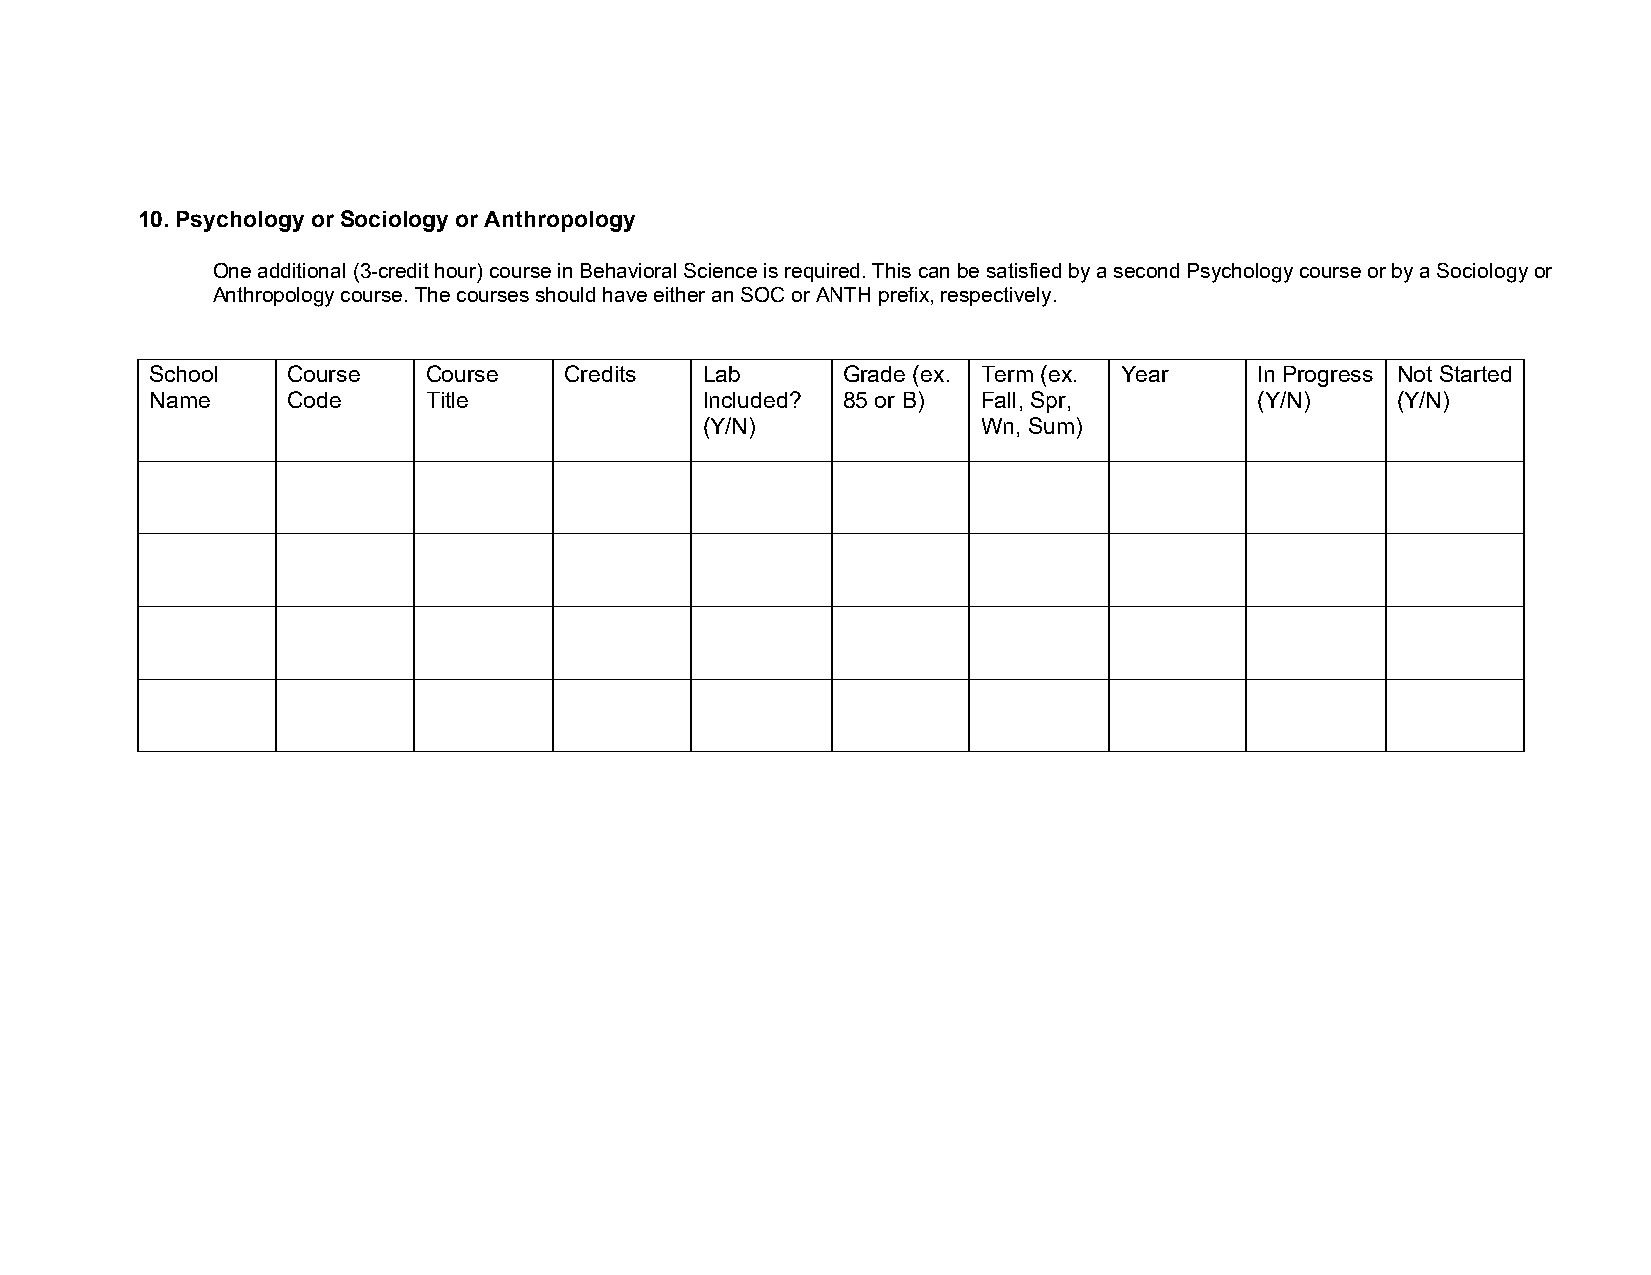
10. Psychology or Sociology or Anthropology
 One additional (3-credit hour) course in Behavioral Science is required. This can be satisfied by a second Psychology course or by a Sociology or
 Anthropology course. The courses should have either an SOC or ANTH prefix, respectively.
 School   Course   Course   Credits  Lab       Grade (ex. Term (ex. Year  In Progress Not Started
 Name     Code     Title             Included? 85 or B) Fall, Spr,        (Y/N)    (Y/N)
 (Y/N)              Wn, Sum)